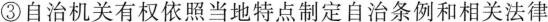
③ 自治机关有权依照当地特点制定自治条例和相关法律